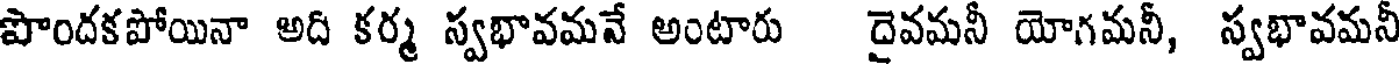
పొందకపోయినా అది కర్మ స్వభావమవే అంటారు దైవమనీ యోగమనీ, స్వభావమనీ